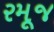
રમૂજ